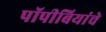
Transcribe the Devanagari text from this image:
पॉपीबियांचे